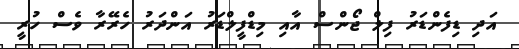
އަދި ޑިފެންޑަރު ފިލް ޖޯންސް އާއި މިޑްފީލްޑަރު އަންދަރު ހެރޭރާ ވެސް ހުރީ